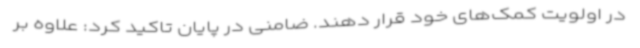
در اولویت کمک‌های خود قرار دهند. ضامنی در پایان تاکید کرد: علاوه بر